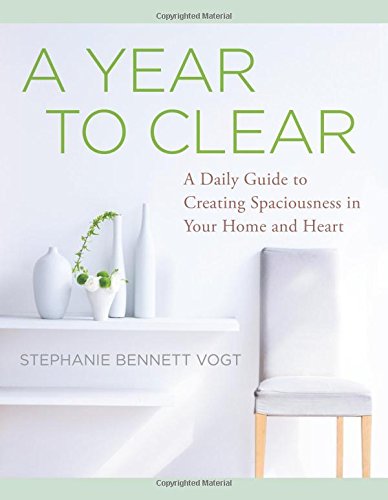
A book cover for A Year to Clear: A Daily Guide to Creating Spaciousness In Your Home and Heart; Stephanie Bennett Vogt; Self-Help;